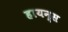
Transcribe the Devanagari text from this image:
हायन्स